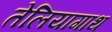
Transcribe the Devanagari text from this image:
तेलियागाथ